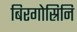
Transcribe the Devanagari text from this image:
बिरगोस्रिनि